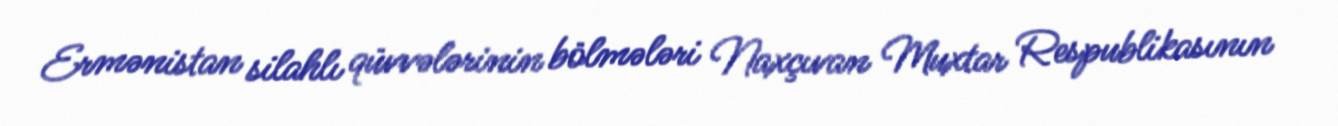
Ermənistan silahlı qüvvələrinin bölmələri Naxçıvan Muxtar Respublikasının